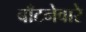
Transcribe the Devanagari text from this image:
बाँटनेवारे